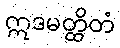
ဣဒမတ္ထိတံ